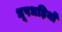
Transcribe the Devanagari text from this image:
धूपधड़ियों